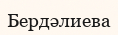
Бердәлиева